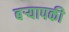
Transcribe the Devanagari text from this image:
बर्‍यापकी